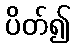
ပိတ်၍